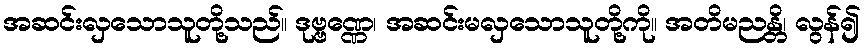
အဆင်းလှသောသူတို့သည်။ ဒုဗ္ဗဏ္ဏေ၊ အဆင်းမလှသောသူတို့ကို။ အတိမညန္တိ၊ လွန်၍